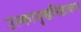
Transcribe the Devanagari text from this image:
उल्कामुखनिष्ठावान